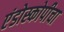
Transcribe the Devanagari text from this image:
एंडोस्कोपीचा